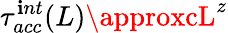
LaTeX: \tau_{acc}^{\mathbf{i}nt}(L)\approxcL^{z}